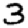
Digit: 3